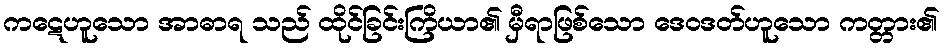
ကဋေဟူသော အာဓာရ သည် ထိုင်ခြင်းကြိယာ၏ မှီရာဖြစ်သော ဒေဝဒတ်ဟူသော ကတ္တား၏